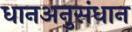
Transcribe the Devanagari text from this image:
धानअनुसंधान